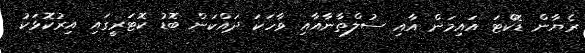
ރެޔާން ޑޮކްޓަ އައިމަން އާއި ސުލްތާނާއާއި ވާހަކަ ދައްކަން ބޮޑު ކޮޓަރީގައި އިރުކޮޅަކު